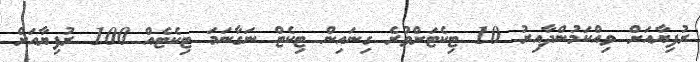
ރުފިޔާއަށް ވިއްކަމުންދާއިރު 10 ޓިކެޓަށްވުރެ ގިނައިން ޓިކެޓް ނަގާނަމަ ޓިކެޓެއް 100 ރުފިޔާއަށް